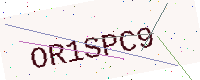
Text: OR1SPC9